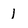
Character: 1